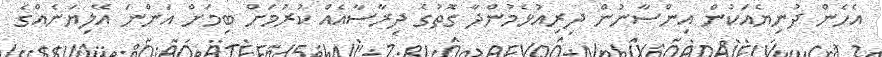
އެހެން ދުނިޔެއަކުން އިންސާނުން ދިރިއުޅެމުންދާ ގޮތުގެ ދިރާސާއެއް ކުރުމަށް ބިމަށް އަންނަ އޭލިޔަނެއްގެ